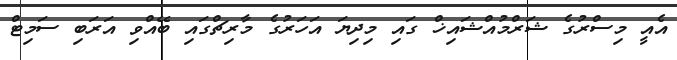
އެއީ މިސްރުގެ ޝަރްމުއްޝައިޚް ގައި މިދިޔަ އަހަރުގެ މާރިޗްގައި ބޭއްވި އަރަބި ސަމިޓް